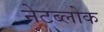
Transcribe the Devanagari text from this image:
नेटब्लोक